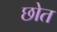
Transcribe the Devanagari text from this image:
छोत